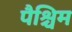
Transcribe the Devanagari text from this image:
पैश्चिम